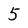
Character: 5